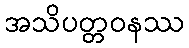
အသိပတ္တဝနဿ